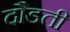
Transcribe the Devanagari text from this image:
दौडती